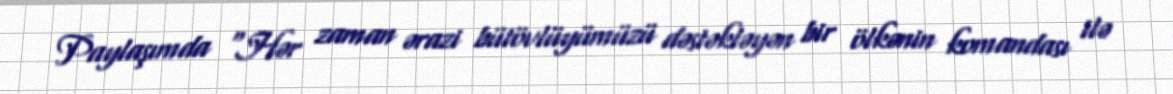
Paylaşımda "Hər zaman ərazi bütövlüyümüzü dəstəkləyən bir ölkənin komandası ilə